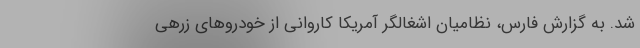
شد. به گزارش فارس، نظامیان اشغالگر آمریکا کاروانی از خودروهای زرهی